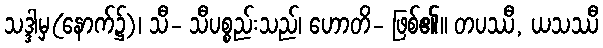
သဒ္ဒါမှ(နောက်၌)၊ သီ- သီပစ္စည်းသည်၊ ဟောတိ- ဖြစ်၏။ တပဿီ, ယသဿီ